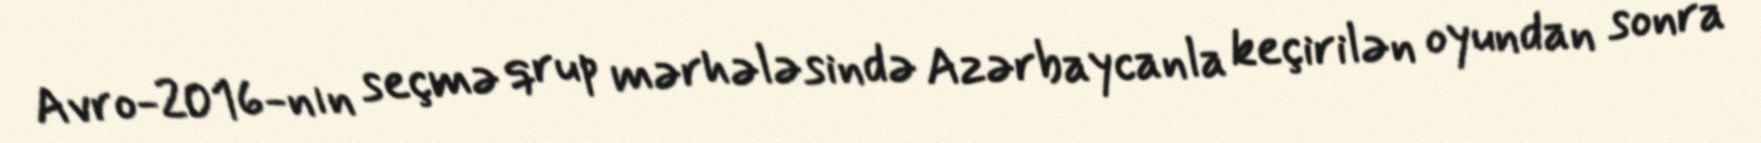
Avro-2016-nın seçmə qrup mərhələsində Azərbaycanla keçirilən oyundan sonra